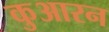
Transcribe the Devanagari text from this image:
कुआरन